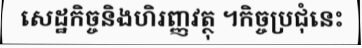
សេដ្ឋកិច្ចនិងហិរញ្ញវត្ថុ ។កិច្ចប្រជុំនេះ